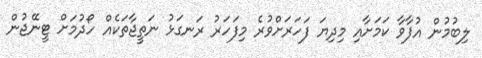
ލިބުމުން އުފާވާ ކަމަށާއި މިދިޔަ ފަހަރަށްވުރެ މިފަހަރު ރަނގަޅު ނަތީޖާތަކެއް ހޯދުމަށް ޓީނޭޖުން